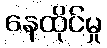
နေထိုင်မှု